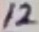
Text: 12